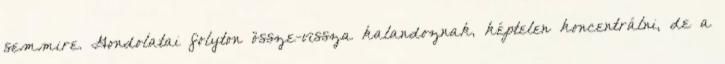
semmire. Gondolatai folyton össze-vissza kalandoznak, képtelen koncentrálni, de a